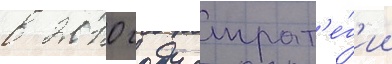
в 2010 году страт'е́г'ии